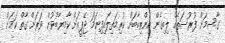
ގާސިމަށް ފުރުސަތެއް ލިބިގެން އިންތިހާބަށް ކުރިމަތިލައިފިނަމަ ޖޭޕީއަށް ކާމިޔާބުވުން ވަރަށް ގާތް ކަމަށް